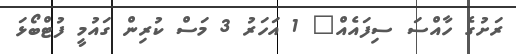
ރަށުގެ ހާއްސަ ސިފައެއް" 1 އަހަރު 3 މަސް ކުރިން ގައުމީ ފުޓްބޯޅަ